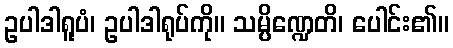
ဥပါဒါရူပံ၊ ဥပါဒါရုပ်ကို။ သမ္ပိဏ္ဍေတိ၊ ပေါင်း၏။